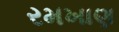
રમખાણ